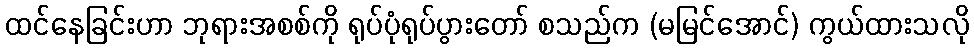
ထင်နေခြင်းဟာ ဘုရားအစစ်ကို ရုပ်ပုံရုပ်ပွားတော် စသည်က (မမြင်အောင်) ကွယ်ထားသလို